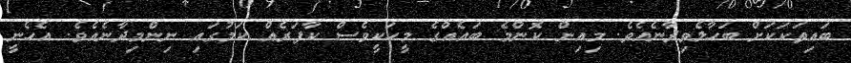
ބައިތަކަކަށް ބަހާލެވިދާނެއެވެ. މިއިން ކޮންމެ ބައެއްގެ މީހަކީވެސް ކާފަރެއް ކަމުގައި ނިންމިދާނެއެވެ. އެހެނީ